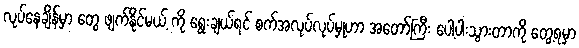
လုပ်နေချိန်မှာ တွေ ဖျက်နိုင်မယ့် ကို ရွေးချယ်ရင် စက်အလုပ်လုပ်မှုဟာ အတော်ကြီး ပေါ့ပါးသွားတာကို တွေ့ရမှာ